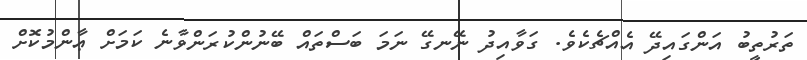
ތަރުތީބު އަންގައިދޭ އެއްޗެކެވެ. ގަވާއިދު ނޭނގޭ ނަމަ ބަސްތައް ބޭނުންކުރަންވާނެ ކަމަށް ޢާންމުކޮށް